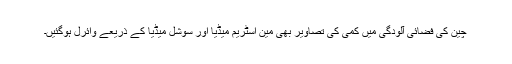
چین کی فضائی آلودگی میں کمی کی تصاویر بھی مین اسٹریم میڈیا اور سوشل میڈیا کے ذریعے وائرل ہوگئیں۔